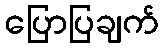
ပြောပြချက်